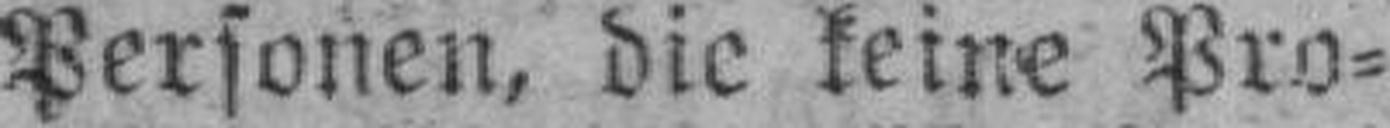
Personen, die keine Pro¬